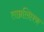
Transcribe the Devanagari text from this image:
ताम्रलिप्तक